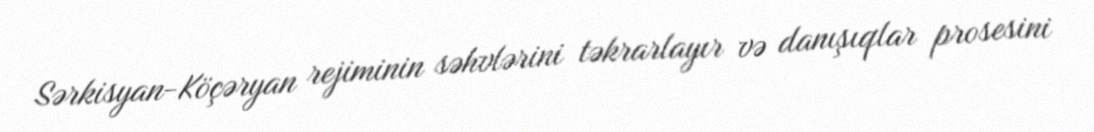
Sərkisyan-Köçəryan rejiminin səhvlərini təkrarlayır və danışıqlar prosesini